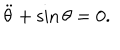
\ddot { \theta } + \sin \theta = 0 .